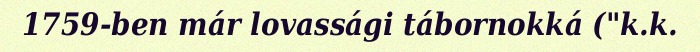
1759-ben már lovassági tábornokká ("k.k.